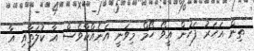
ތިން އަހަރު ފަހުން އީވޯ ހޯމް މިވަނީ އަނެއްކާވެސް އާ ކުލަތާއި އާ